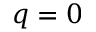
q = 0